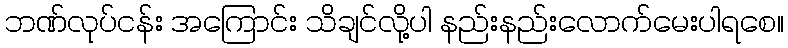
ဘဏ်လုပ်ငန်း အကြောင်း သိချင်လို့ပါ နည်းနည်းလောက်မေးပါရစေ။